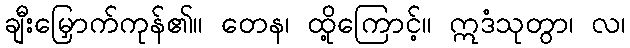
ချီးမြှောက်ကုန်၏။ တေန၊ ထို့ကြောင့်။ ဣဒံသုတွာ၊ လ၊